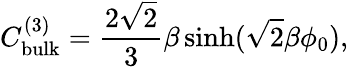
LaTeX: C_{\mathrm{bulk}}^{(3)}=\frac{2\sqrt{2}}{3}\beta\sinh(\sqrt{2}\beta\phi_{0}),